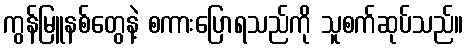
ကွန်မြူနစ်တွေနဲ့ စကားပြောရသည်ကို သူစက်ဆုပ်သည်။